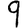
Digit: 9